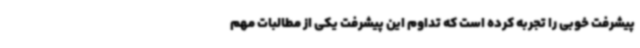
پیشرفت خوبی را تجربه کرده است که تداوم این پیشرفت یکی از مطالبات مهم